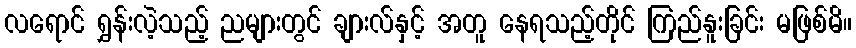
လရောင် ရွှန်းလဲ့သည့် ညများတွင် ချားလ်နှင့် အတူ နေရသည့်တိုင် ကြည်နူးခြင်း မဖြစ်မိ။